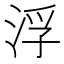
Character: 浮